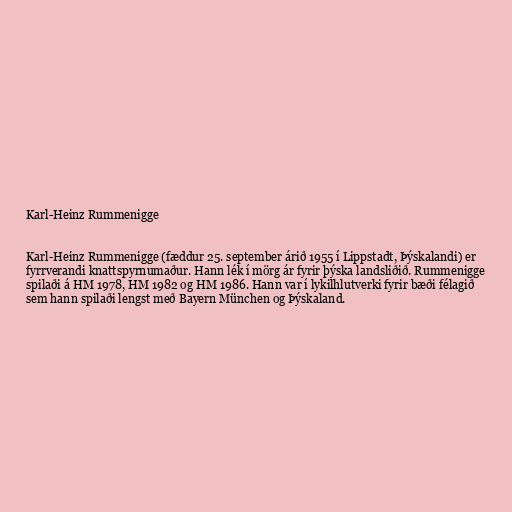
Karl-Heinz Rummenigge

Karl-Heinz Rummenigge (fæddur 25. september árið 1955 í Lippstadt, Þýskalandi) er
fyrrverandi knattspyrnumaður. Hann lék í mörg ár fyrir þýska landsliðið. Rummenigge
spilaði á HM 1978, HM 1982 og HM 1986. Hann var í lykilhlutverki fyrir bæði félagið
sem hann spilaði lengst með Bayern München og Þýskaland.